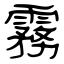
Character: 霧